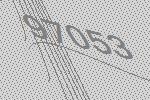
97053